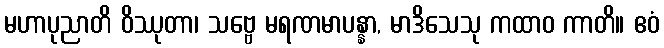
မဟာပုညာတိ ဝိဿုတာ၊ သဗ္ဗေ မရဏမာပန္နာ, မာဒိသေသု ကထာဝ ကာတိ။ ဧဝံ